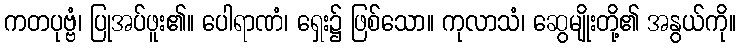
ကတပုဗ္ဗံ၊ ပြုအပ်ဖူး၏။ ပေါရာဏံ၊ ရှေး၌ ဖြစ်သော။ ကုလာသံ၊ ဆွေမျိုးတို့၏ အနွယ်ကို။